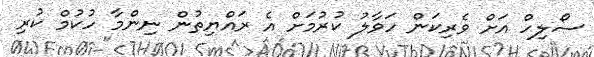
ސޯލިހް އަށް ވެރިކަން ހަވާލު ކުރުމަށް އެ ރައްޔިތުން ނިންމާ ހުކުމް ކުރި